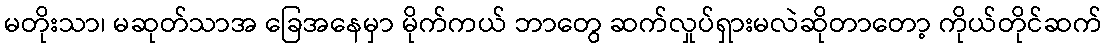
မတိုးသာ၊ မဆုတ်သာအ ခြေအနေမှာ မိုက်ကယ် ဘာတွေ ဆက်လှုပ်ရှားမလဲဆိုတာတော့ ကိုယ်တိုင်ဆက်